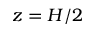
z = H / 2